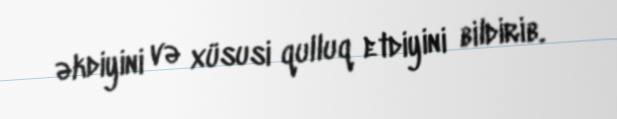
əkdiyini və xüsusi qulluq etdiyini bildirib.